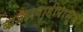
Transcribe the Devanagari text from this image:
बाजारवाडीपासून